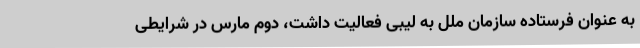
به عنوان فرستاده سازمان ملل به لیبی فعالیت داشت، دوم مارس در شرایطی